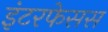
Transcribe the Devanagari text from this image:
इंटरफेसस